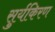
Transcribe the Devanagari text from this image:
सुर्यकिरण